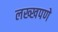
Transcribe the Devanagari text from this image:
लख्खपणे